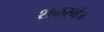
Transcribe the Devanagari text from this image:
शकरगंज